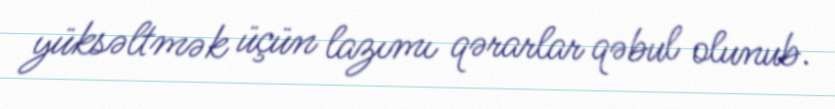
yüksəltmək üçün lazımı qərarlar qəbul olunub.